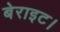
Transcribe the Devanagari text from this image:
बेराइट।